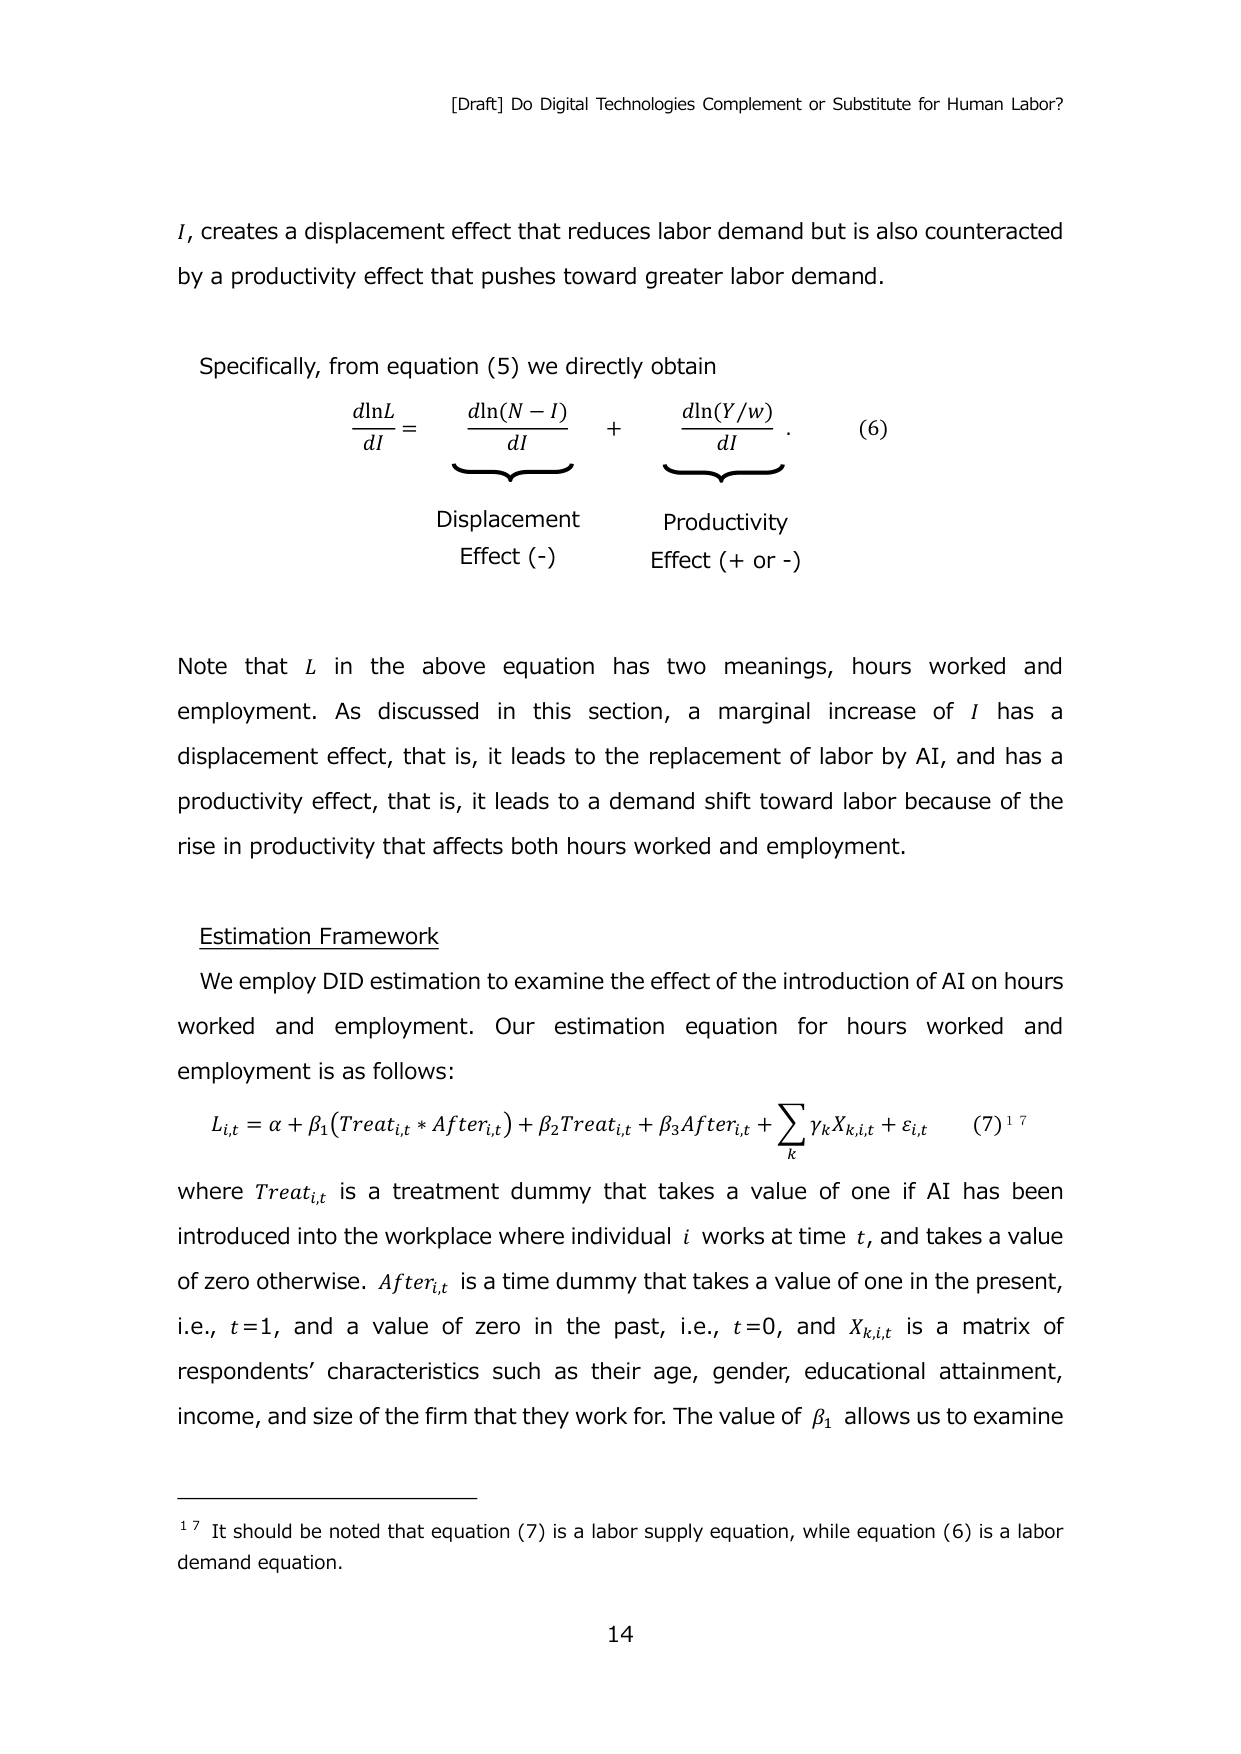
[Draft] Do Digital Technologies Complement or Substitute for Human Labor?

I, creates a displacement effect that reduces labor demand but is also counteracted by a productivity effect that pushes toward greater labor demand.

Specifically, from equation (5) we directly obtain

dlnL/dI = dln(N - I)/dI + dln(Y/w)/dI. (6)

Displacement Effect (-) Productivity Effect (+ or -)

Note that L in the above equation has two meanings, hours worked and employment. As discussed in this section, a marginal increase of I has a displacement effect, that is, it leads to the replacement of labor by AI, and has a productivity effect, that is, it leads to a demand shift toward labor because of the rise in productivity that affects both hours worked and employment.

Estimation Framework

We employ DID estimation to examine the effect of the introduction of AI on hours worked and employment. Our estimation equation for hours worked and employment is as follows:

L_i,t = α + β₁(Treat_i,t * After_i,t) + β₂Treat_i,t + β₃After_i,t + Σ_k γ_kX_k,i,t + ε_i,t (7)¹⁷

where Treat_i,t is a treatment dummy that takes a value of one if AI has been introduced into the workplace where individual i works at time t, and takes a value of zero otherwise. After_i,t is a time dummy that takes a value of one in the present, i.e., t=1, and a value of zero in the past, i.e., t=0, and X_k,i,t is a matrix of respondents’ characteristics such as their age, gender, educational attainment, income, and size of the firm that they work for. The value of β₁ allows us to examine

¹⁷ It should be noted that equation (7) is a labor supply equation, while equation (6) is a labor demand equation.

14